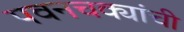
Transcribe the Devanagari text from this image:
पवनचक्यांची